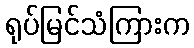
ရုပ်မြင်သံကြားက